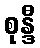
စုန္ဒီ